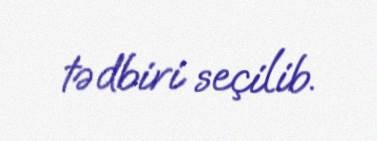
tədbiri seçilib.